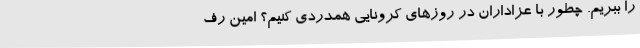
را ببریم. چطور با عزاداران در روزهای کرونایی همدردی کنیم؟ امین رف